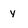
Character: y